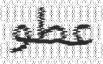
عطو